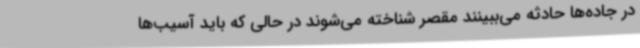
در جاده‌ها حادثه می‌ببینند مقصر شناخته می‌شوند در حالی که باید آسیب‌ها